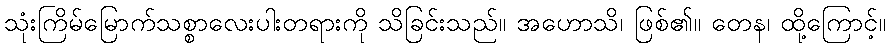
သုံးကြိမ်မြောက်သစ္စာလေးပါးတရားကို သိခြင်းသည်။ အဟောသိ၊ ဖြစ်၏။ တေန၊ ထို့ကြောင့်။